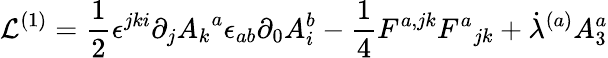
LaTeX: {\cal L}^{(1)}={\frac{1}{2}}{\epsilon^{jki}\partial_{j}{A_{k}}^{a}}{\epsilon_{ab}\partial_{0}{A_{i}^{b}}}-{\frac{1}{4}}{F^{a,jk}}{{F^{a}}_{jk}}+{\dot{\lambda}^{(a)}}{A_{3}^{a}}